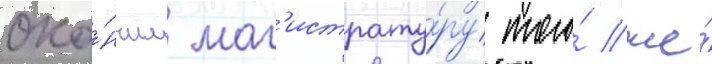
око́нчил маг'истрату́ру того́ же́